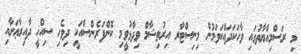
މި ރަސްމިއްޔާތުގައި ވާހަކަދައްކަވަމުން މިނިސްޓާރ އިރުތިޝާމް ވިދާޅުވީމި ކޮންފަރެންސްއަކީ ދިވެހި ސިއްޚީ ދާއިރާޢަށާއި